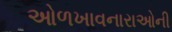
ઓળખાવનારાઓની